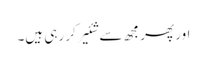
اور پھر مجھ سے شئیر کر رہی ہیں۔